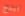
بيدج